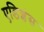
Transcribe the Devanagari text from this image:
एडिशंस